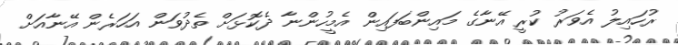
ރުހައިލު އެވަރު ކުރީ އޭނާގެ މައިންބަފައިން އެމީހުންނާ ދެކޮޅަށް ތެދުވަން އަހަރެން އޭނާއަށް